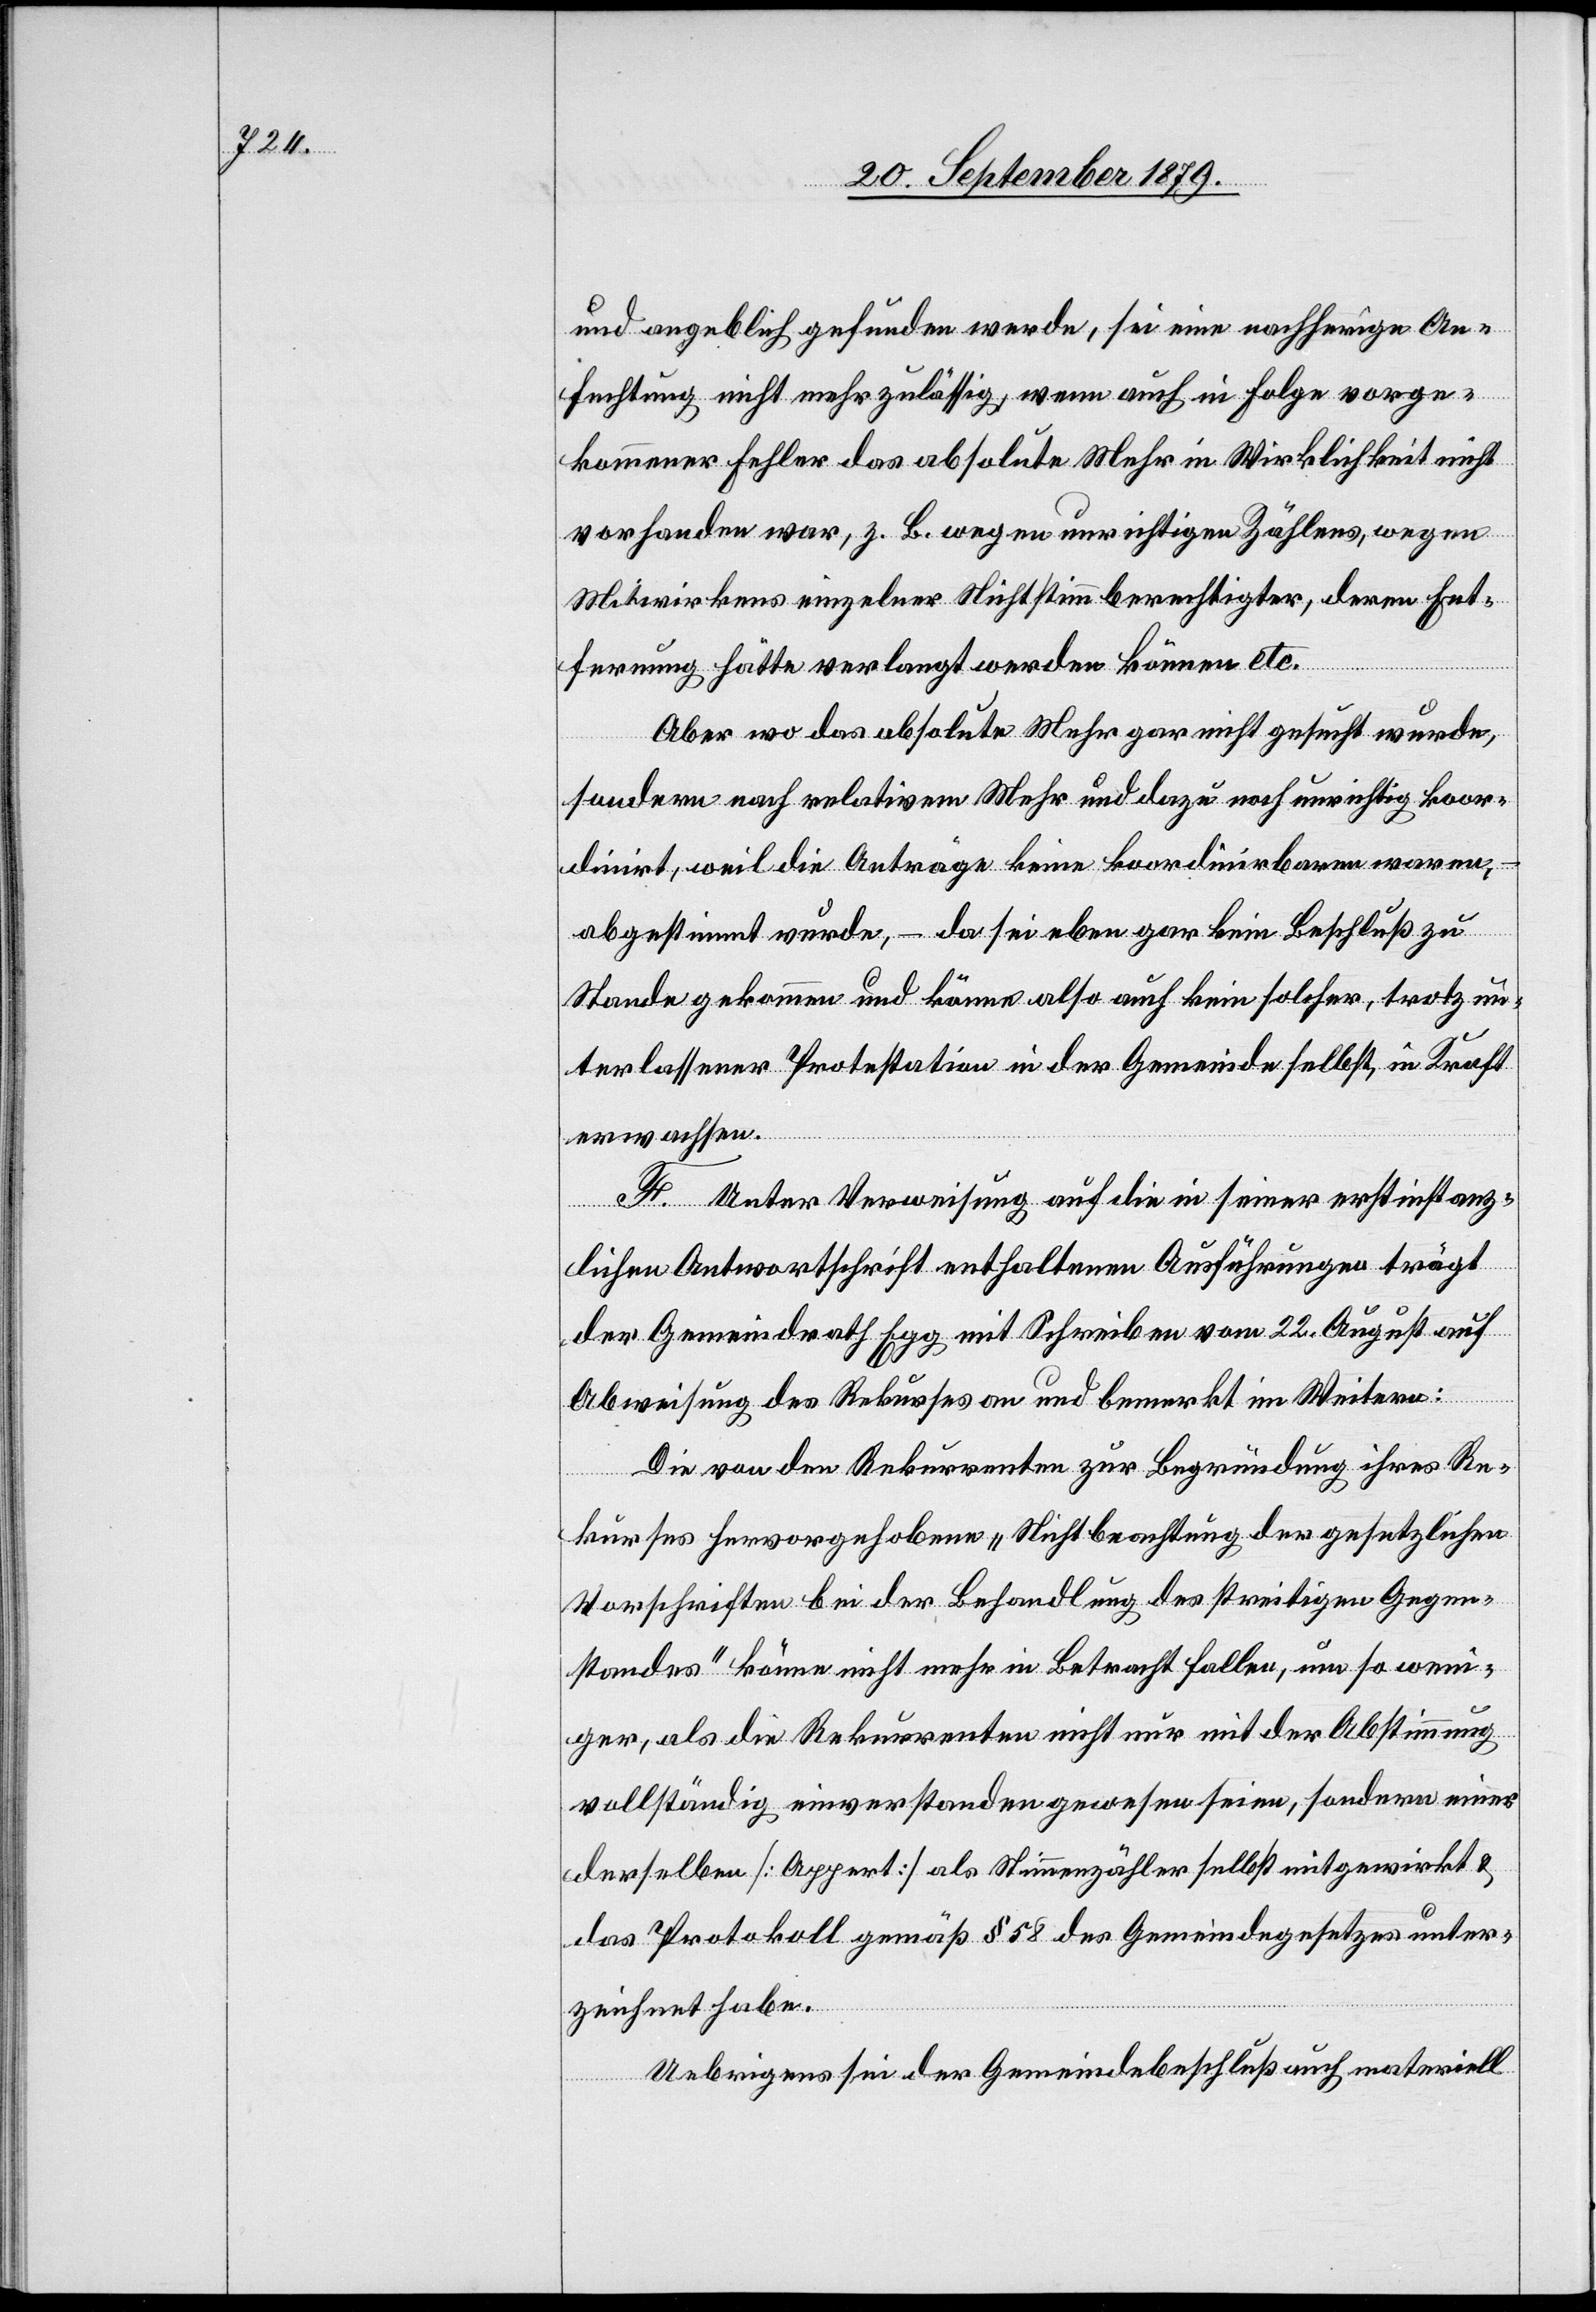
und angeblich gefunden werde, sei eine nachherige An¬
fechtung nicht mehr zulässig, wenn auch in Folge vorge¬
kommener Fehler das absolute Mehr in Wirklichkeit nicht
vorhanden war, z. B. wegen unrichtigen Zählens, wegen
Mitwirkens einzelner Nichtstimmberechtigter, deren Ent¬
fernung hätte verlangt werden können etc.
Aber wo das absolute Mehr gar nicht gesucht wurde,
sondern nach relativem Mehr und dazu noch unrichtig koor¬
dinirt, weil die Anträge keine koordinirbaren waren,
abgestimmt wurde, – da sei eben gar kein Beschluß zu
Stande gekommen und könne also auch kein solcher, trotz un¬
terlassener Protestation in der Gemeinde selbst, in Kraft
erwachsen.
F. Unter Verweisung auf die in seiner erstinstanz¬
lichen Antwortschrift enthaltenen Ausführungen trägt
der Gemeindrath Egg mit Schreiben vom 22. August auf
Abweisung des Rekurses an und bemerkt im Weitern:
Die von den Rekurrenten zur Begründung ihres Re¬
kurses hervorgehobene „Nichtbeachtung der gesetzlichen
Vorschriften bei der Behandlung des streitigen Gegen¬
standes“ könne nicht mehr in Betracht fallen, um so wen¬
iger, als die Rekurrenten nicht nur mit der Abstimmung
vollständig einverstanden gewesen seien, sondern einer
derselben [Appert] als Stimmenzähler selbst mitgewirkt &
das Protokoll gemäß § 58 des Gemeindegesetzes unter¬
zeichnet habe.
Uebrigens sei der Gemeindebeschluß auch materiell